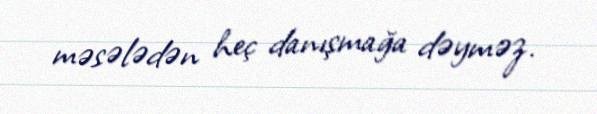
məsələdən heç danışmağa dəyməz.